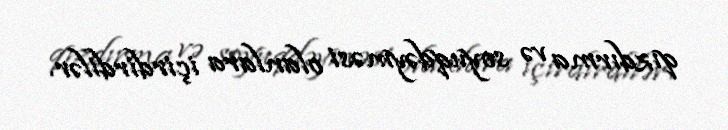
qızdırma və soyuqdəyməsi olanlara içirdirdilər.